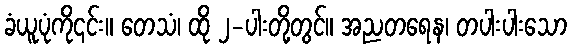
ခံယူပုံကို၎င်း။ တေသံ၊ ထို ၂-ပါးတို့တွင်။ အညတရေန၊ တပါးပါးသော